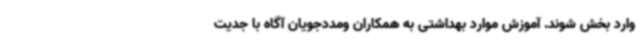
وارد بخش شوند. آموزش موارد بهداشتی به همکاران ومددجویان آگاه با جدیت